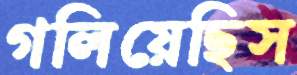
গলিয়েছিস